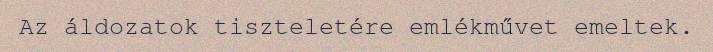
Az áldozatok tiszteletére emlékművet emeltek.